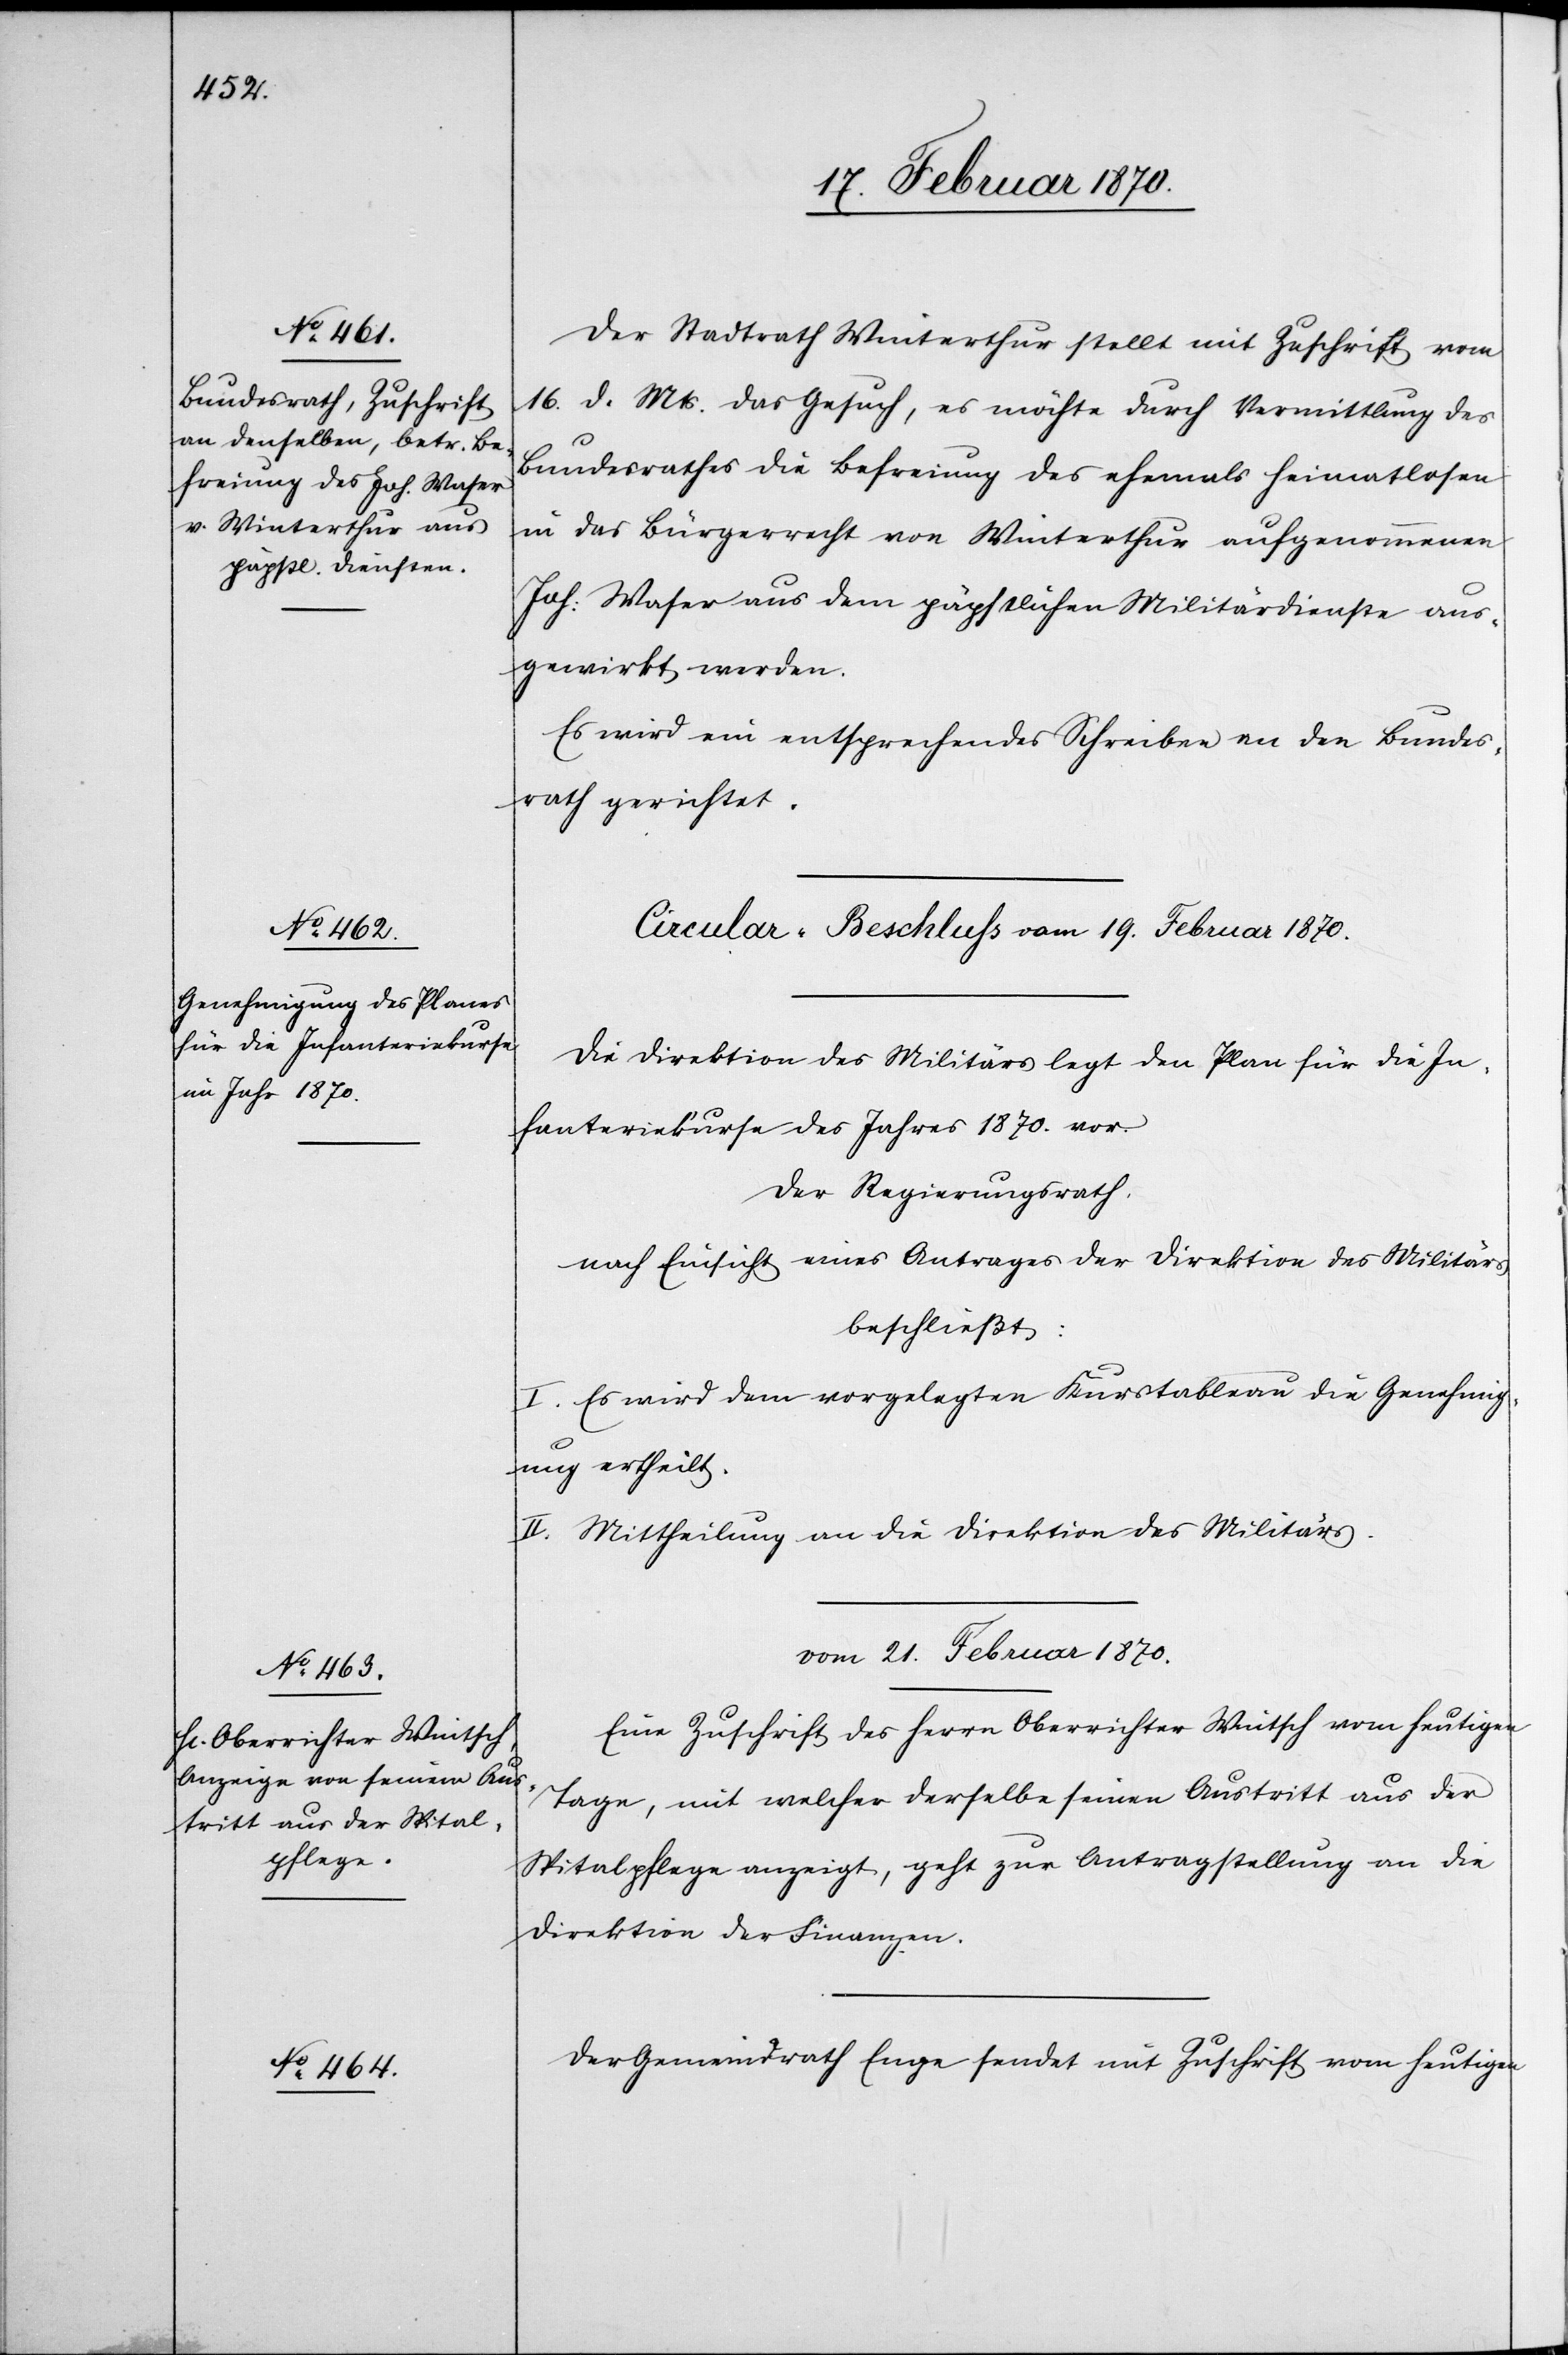
19. Februar 1870.]
Der Stadtrath Winterthur stellt mit Zuschrift vom
16. d. Mts. das Gesuch, es möchte durch Vermittlung des
Bundesrathes die Befreiung des ehemals heimatlosen
in das Bürgerrecht von Winterthur aufgenommenen
Joh: Waser aus dem päpstlichen Militärdienste aus¬
gewirkt werden.
Es wird ein entsprechendes Schreiben an den Bundes¬
rath gerichtet.
Circular-Beschluss vom 19. Februar 1870.
Die Direktion des Militärs legt den Plan für die In¬
fanteriekurse des Jahres 1870 vor.
Der Regierungsrath,
nach Einsicht eines Antrages der Direktion des Militärs
beschließt:
I. Es wird dem vorgelegten Kurstableau die Genehmig¬
ung ertheilt.
II. Mittheilung an die Direktion des Militärs.
vom 21. Februar 1870.]
Eine Zuschrift des Herrn Oberrichter Wintsch vom heutigen
Tage, mit welcher derselbe seinen Austritt aus der
Spitalpflege anzeigt, geht zur Antragstellung an die
Direktion der Finanzen.
Der Gemeindrath Enge sendet mit Zuschrift vom heutigen